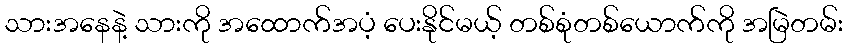
သားအနေနဲ့ သားကို အထောက်အပံ့ ပေးနိုင်မယ့် တစ်စုံတစ်ယောက်ကို အမြဲတမ်း